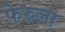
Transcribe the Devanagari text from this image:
फेरुला